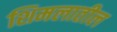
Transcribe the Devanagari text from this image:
शिमलातील